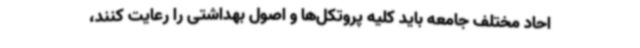
احاد مختلف جامعه باید کلیه پروتکل‌ها و اصول بهداشتی را رعایت کنند،